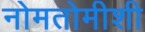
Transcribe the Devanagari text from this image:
नोमतोमीशी